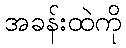
အခန်းထဲကို